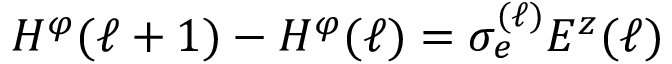
H ^ { \varphi } ( \ell + 1 ) - H ^ { \varphi } ( \ell ) = \sigma _ { e } ^ { ( \ell ) } E ^ { z } ( \ell )